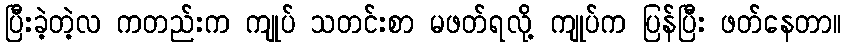
ပြီးခဲ့တဲ့လ ကတည်းက ကျုပ် သတင်းစာ မဖတ်ရလို့ ကျုပ်က ပြန်ပြီး ဖတ်နေတာ။